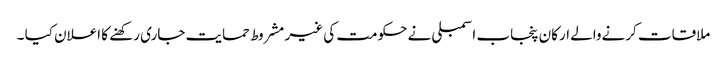
ملاقات کرنےوالے ارکان پنجاب اسمبلی نے حکومت کی غیر مشروط حمایت جاری رکھنے کا اعلان کیا ۔